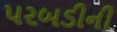
પરબડીની